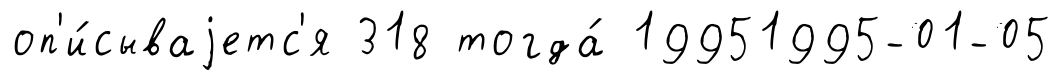
оп'и́сываjетс'я 318 тогда́ 19951995-01-05